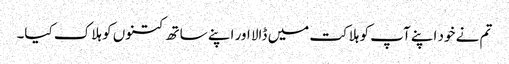
تم نے خود اپنے آپ کو ہلاکت میں ڈالا اور اپنے ساتھ کتنوں کو ہلاک کیا۔